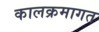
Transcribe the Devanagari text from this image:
कालक्रमागत